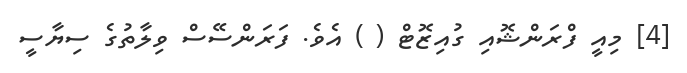
[4] މިއީ ފްރަންޝޮއި ގުއިޒޮޓް ( ) އެވެ. ފަރަންސޭސް ވިލާތުގެ ސިޔާސީ